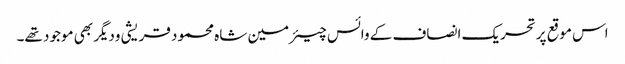
اس موقع پرتحریک انصاف کے وائس چیئرمین شاہ محمود قریشی ودیگر بھی موجود تھے۔